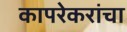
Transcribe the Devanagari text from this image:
कापरेकरांचा